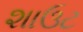
શાઉટ